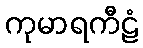
ကုမာရကီဠံ